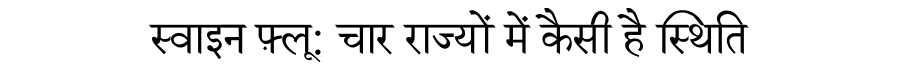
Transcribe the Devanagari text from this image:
स्वाइन फ़्लू: चार राज्यों में कैसी है स्थिति